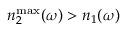
n _ { 2 } ^ { \operatorname* { m a x } } ( \omega ) > n _ { 1 } ( \omega )